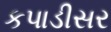
કપાડીસર